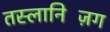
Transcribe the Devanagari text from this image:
तस्लानिज़िंग